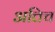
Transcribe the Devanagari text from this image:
अत्तिच